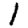
Digit: 1